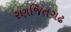
રણજિતગઢ